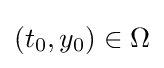
(t_{0},y_{0})\in \Omega